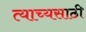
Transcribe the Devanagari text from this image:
त्याच्यसाठी